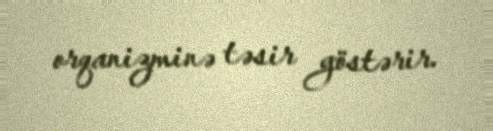
orqanizminə təsir göstərir.